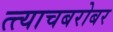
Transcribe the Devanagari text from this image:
त्त्याचबरोबर